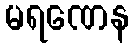
မရဏေန